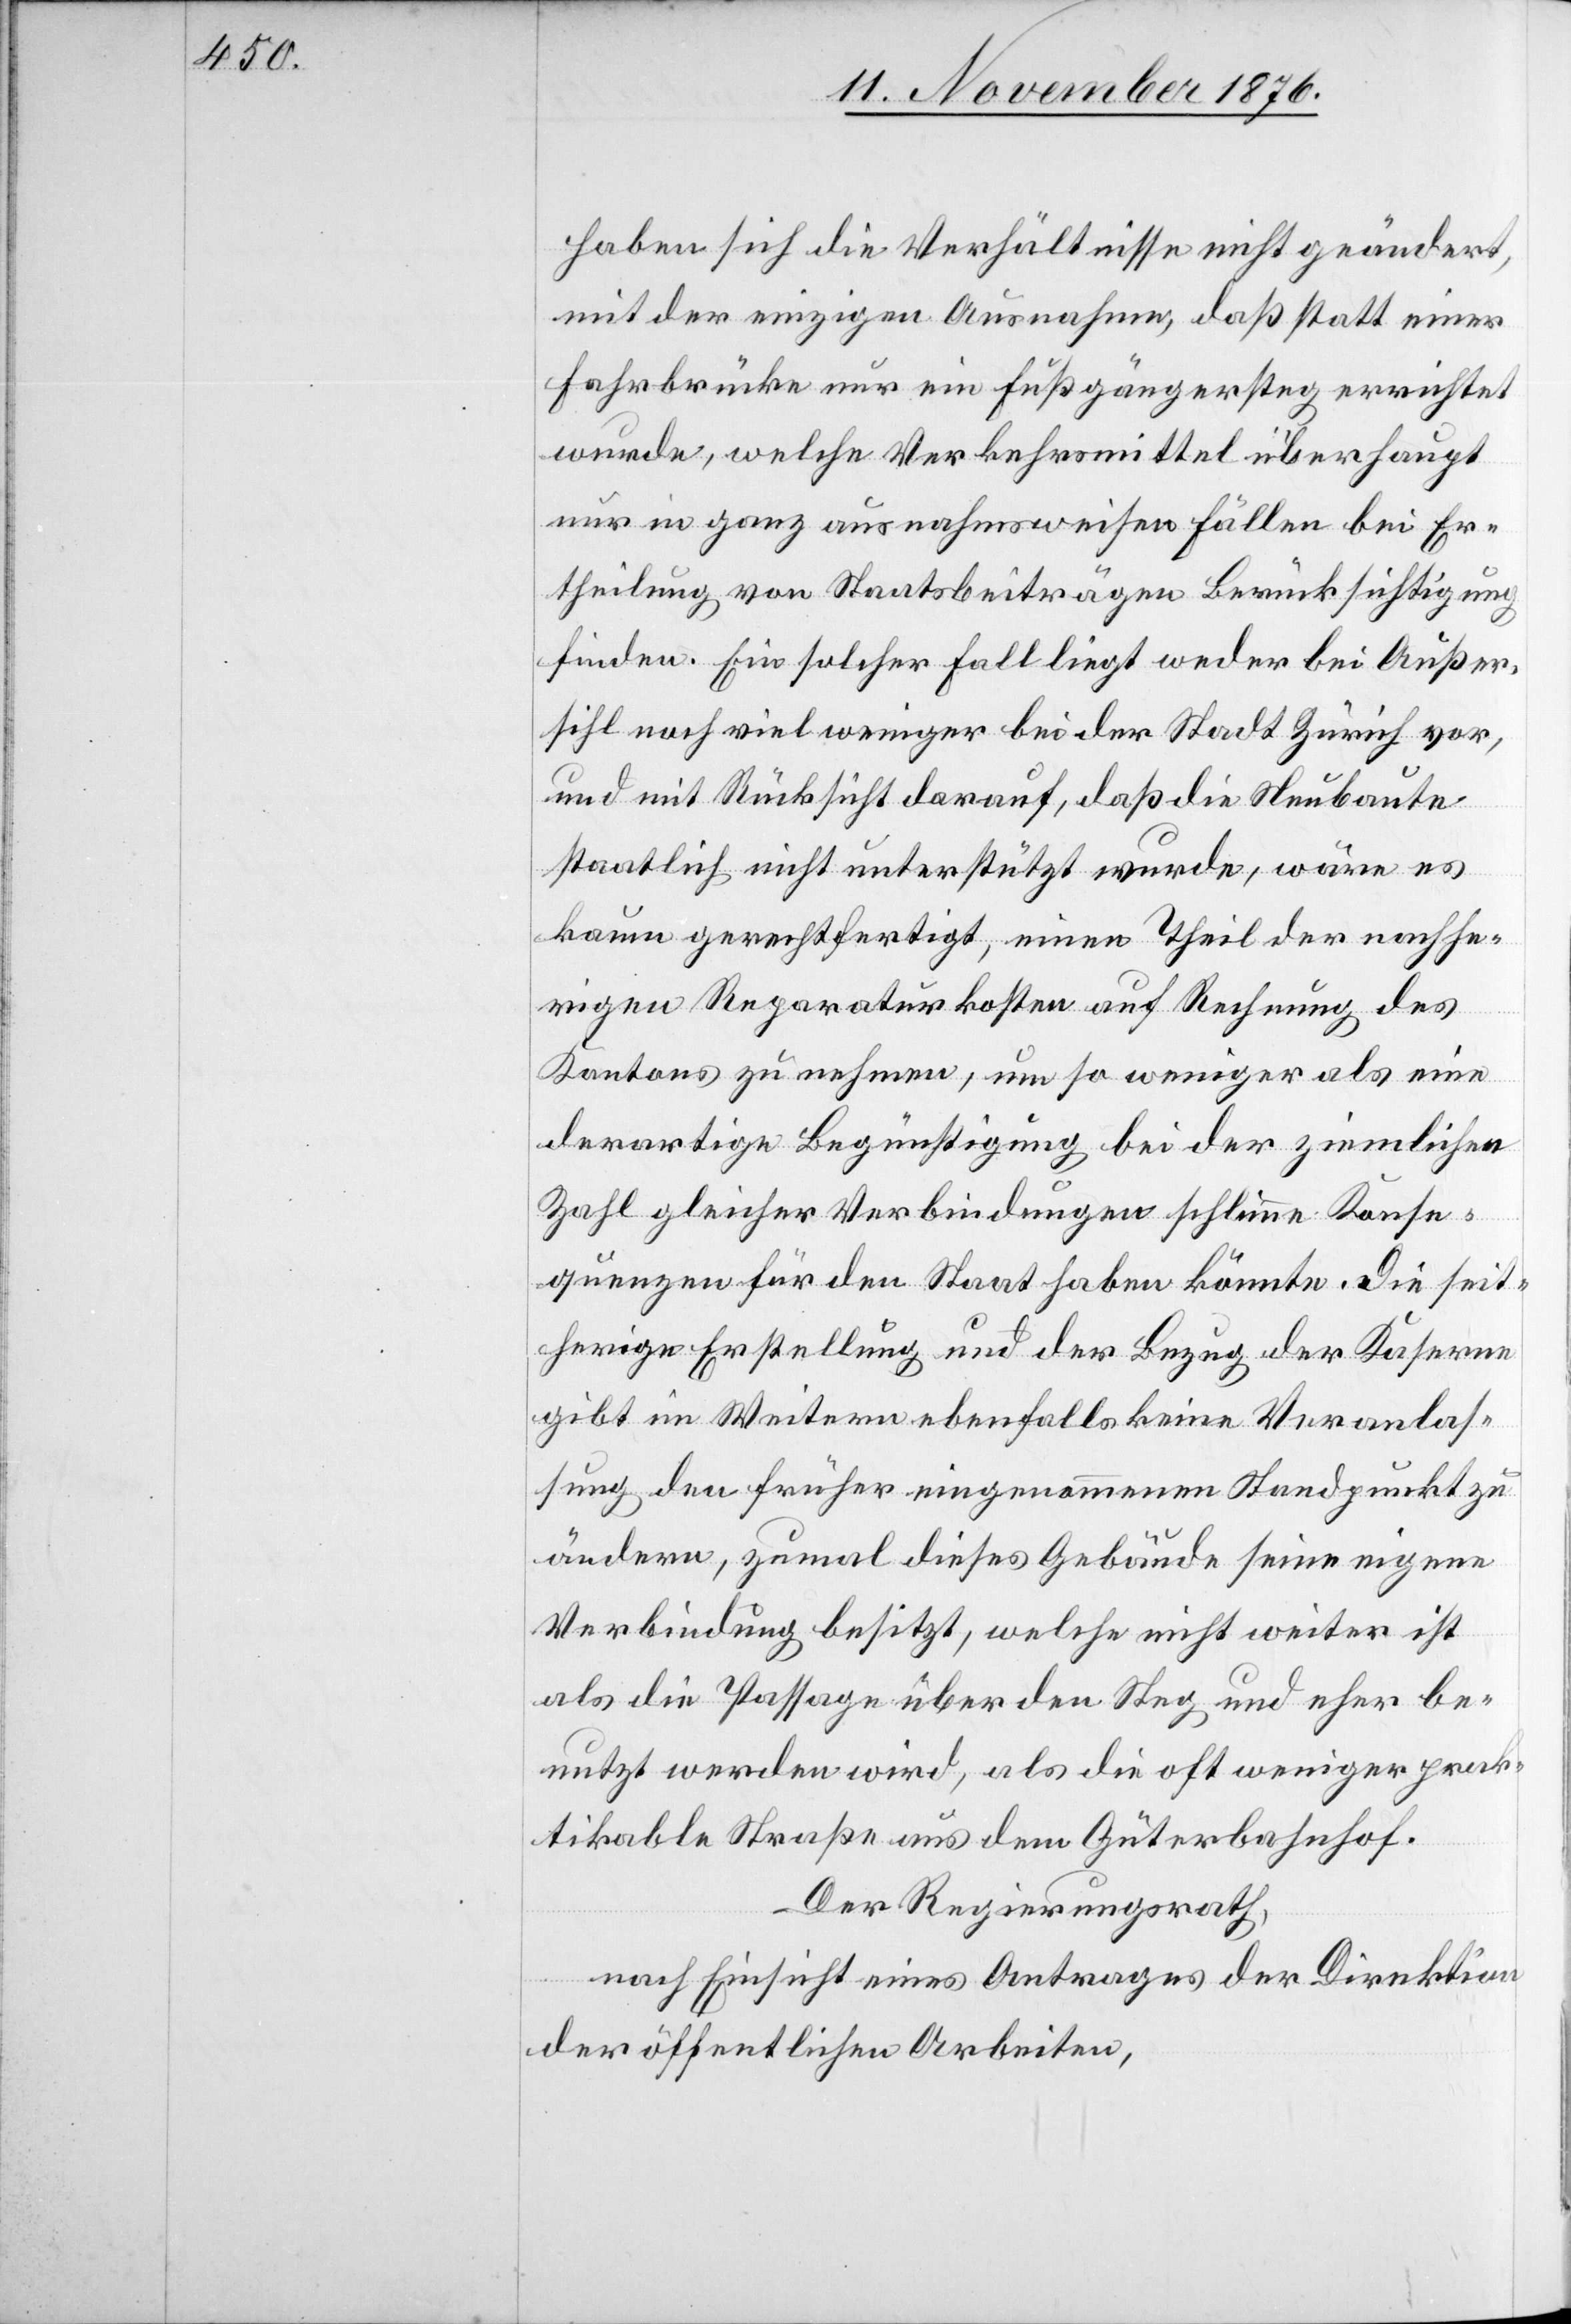
haben sich die Verhältnisse nicht geändert,
mit der einzigen Ausnahme, daß statt einer
Fahrbrücke nur ein Fußgängersteg errichtet
wurde, welche Verkehrsmittel überhaupt
nur in ganz ausnahmsweisen Fällen bei Er¬
theilung von Staatsbeiträgen Berücksichtigung
finden. Ein solcher Fall liegt weder bei Außer¬
sihl noch viel weniger bei der Stadt Zürich vor,
und mit Rücksicht darauf, daß die Neubaute
staatlich nicht unterstützt wurde, wäre es
kaum gerechtfertigt, einen Theil der nachhe¬
rigen Reparaturkosten auf Rechnung des
Kantons zu machen, um so weniger als eine
derartige Begünstigung bei der ziemlichen
Zahl gleicher Verbindungen schlimme Konse¬
quenzen für den Staat haben könnte. Die seit¬
herige Erstellung und der Bezug der Kaserne
gibt im Weitern ebenfalls keine Veranlas¬
sung den früher eingenommenen Standpunkt zu
ändern, zumal dieses Gebäude seine eigene
Verbindung besitzt, welche nicht weiter ist
als die Passage über den Steg und eher be¬
nutzt werden wird, als die oft weniger prak¬
tikable Straße aus dem Güterbahnhof.
Der Regierungsrath,
nach Einsicht eines Antrages der Direktion
der öffentlichen Arbeiten,